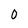
Character: 0